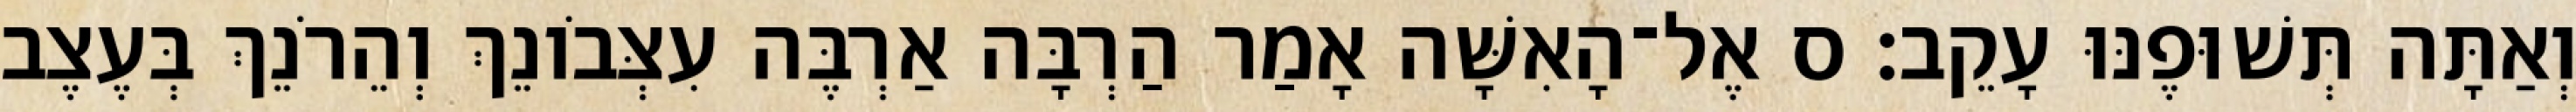
וְאַתָּה תְּשׁוּפֶנּוּ עָקֵב׃ ס אֶל־הָאִשָּׁה אָמַר הַרְבָּה אַרְבֶּה עִצְּבֹונֵךְ וְהֵרֹנֵךְ בְּעֶצֶב